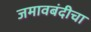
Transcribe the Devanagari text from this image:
जमावबंदीचा